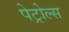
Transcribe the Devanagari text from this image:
पेट्रोल्स